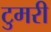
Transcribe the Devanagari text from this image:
टुमरी